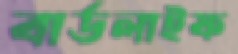
বার্ডলাইফ